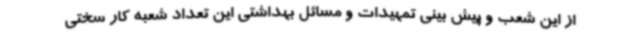
از این شعب و پیش بینی تمهیدات و مسائل بهداشتی این تعداد شعبه کار سختی